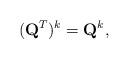
LaTeX: \begin{align*}(\mathbf{Q}^T)^k = \mathbf{Q}^k,\end{align*}